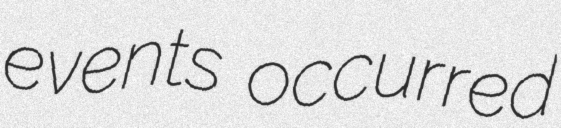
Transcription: events occurred